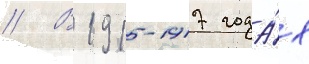
// В 1915-1917 года́х